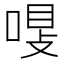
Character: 𠷾